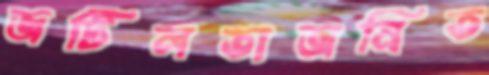
জটিলতাজনিত